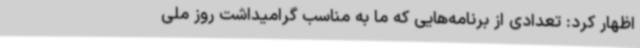
اظهار کرد: تعدادی از برنامه‌هایی که ما به مناسب گرامیداشت روز ملی